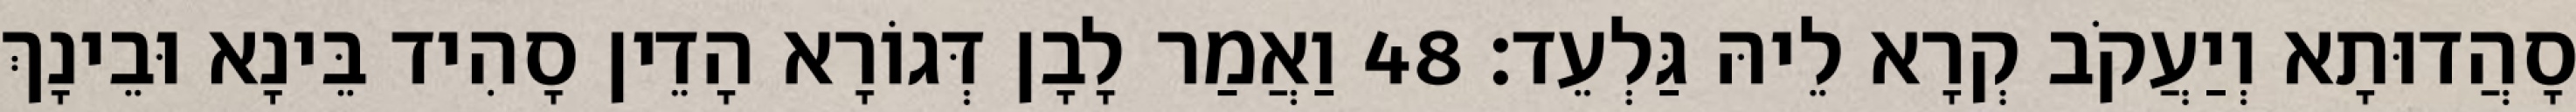
סָהֲדוּתָא וְיַעֲקֹב קְרָא לֵיהּ גַּלְעֵד׃ 48 וַאֲמַר לָבָן דְּגוֹרָא הָדֵין סָהִיד בֵּינָא וּבֵינָךְ